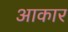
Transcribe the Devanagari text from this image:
अाकार